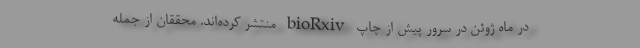
در ماه ژوئن در سرور پیش از چاپ bioRxiv منتشر کرده‌اند. محققان از جمله